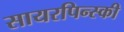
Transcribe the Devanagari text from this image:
सायरपिन्स्की